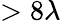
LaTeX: >8\lambda